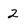
Character: 2